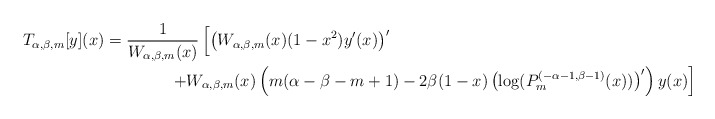
\begin{align*}T_{\alpha,\beta, m}[y](x)&=\frac{1}{W_{\alpha,\beta, m}(x)}\left[\left(W_{\alpha,\beta, m}(x)(1-x^2)y'(x)\right)'\right.\\& \qquad\qquad\left.+W_{\alpha,\beta, m}(x)\left(m(\alpha-\beta-m+1)-2\beta(1-x)\left(\log(P_m^{(-\alpha-1,\beta-1)}(x))\right)'\right)y(x)\right]\end{align*}